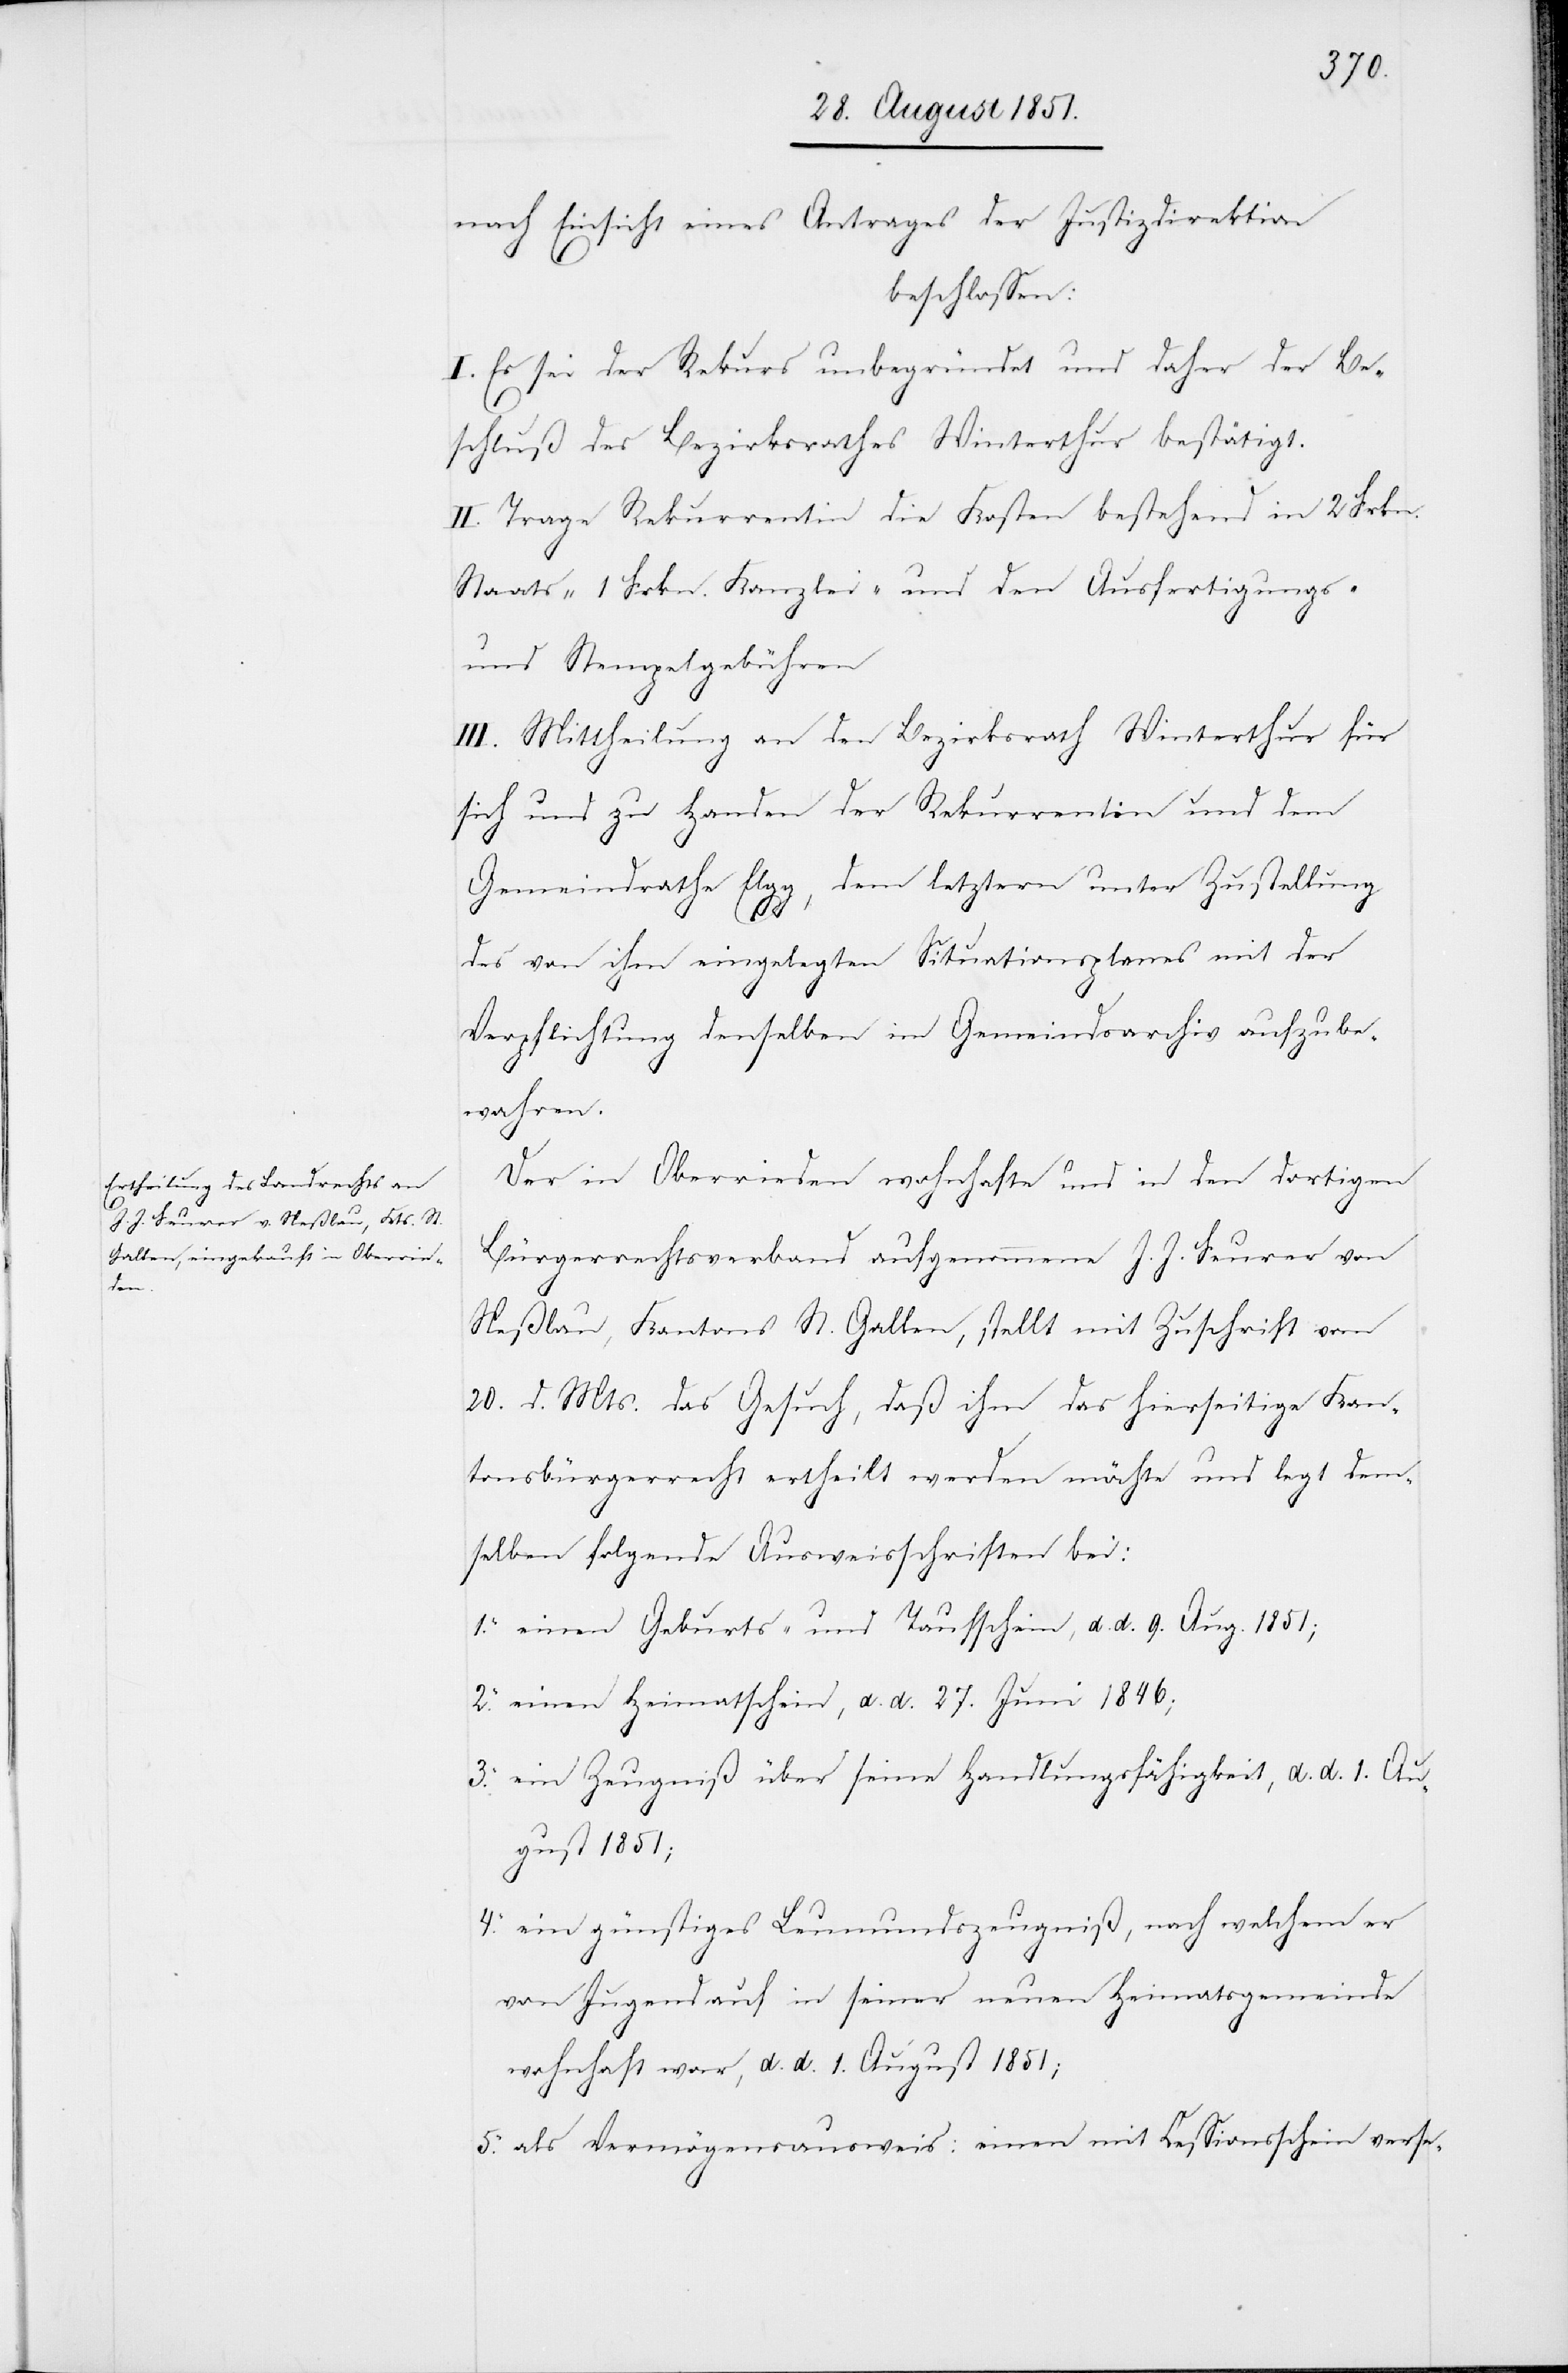
nach Einsicht eines Antrages der Justizdirektion
beschlossen:
I. Es sei der Rekurs unbegründet und daher der Be¬
schluß des Bezirksrathes Winterthur bestätigt.
II. Trage Rekurrentin die Kosten bestehend in 2 Frkn.
Staats-[,] 1 Frkn. Kanzlei- und den Ausfertigungs-
und Stempelgebühren
III. Mittheilung an den Bezirksrath Winterthur für
sich und zu Handen der Rekurrentin und dem
Gemeindrathe Elgg, dem letztern unter Zustellung
1.
des von ihm eingelegten Situationsplanes mit der
Verpflichtung denselben im Gemeindsarchiv aufzube¬
wahren.
Der in Oberrieden wohnhafte und in den dortigen
Bürgerrechtsverband aufgenommene J. J. Feurer von
Neßlau, Kantons St. Gallen, stellt mit Zuschrift vom
20. d. Mts. das Gesuch, daß ihm das hierseitige Kan¬
tonsbürgerrecht ertheilt werden möchte und legt dem¬
selben folgende Ausweisschriften bei:
einen Geburts- und Taufschein, d. d. 9. Aug. 1851;
einen Heimatschein, d. d. 27. Juni 1846;
ein Zeugniß über seine Handlungsfähigkeit, d. d. 1. Au¬
gust 1851;
ein günstiges Leumundszeugniß, nach welchem er
von Jugend auf in seiner neuen Heimatsgemeinde
wohnhaft war, d. d. 1. August 1851;
als Vermögensausweis: einen mit Cessionsschein verse-